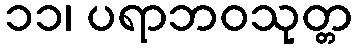
၁၁၊ ပရာဘဝသုတ္တ